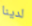
لدينا